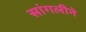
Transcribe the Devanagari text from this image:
सांगलीने